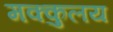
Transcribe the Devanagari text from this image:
मक्कुलय